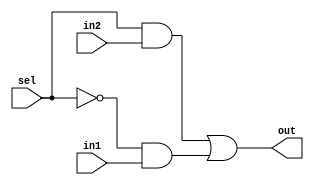
module mux_2_to_1(out, sel, in1, in2);
	input in1,in2,sel;
	output out;
	wire not_sel,a1,a2;
	not (not_sel,sel);
	and (a1,sel,in2);
	and (a2,not_sel,in1);
	or(out,a1,a2);
endmodule

module bit32_2to1mux(out,sel,in1,in2);
	input [31:0] in1,in2;
	output [31:0] out;
	input sel;
	genvar j;

	generate for (j=0; j<32;j=j+1) begin: mux_loop

		mux_2_to_1 m1(out[j],sel,in1[j],in2[j]);

	end
	endgenerate
endmodule


module mux_3_to_1(out, sel1, sel2, in1, in2, in3);
	input in1,in2,in3,sel1,sel2;
	output out;
	wire not_sel1, not_sel2,n1,n2,n3,a1,a2,a3,o1;
	not (not_sel1, sel1);
	not (not_sel2, sel2);
	and (n1, not_sel1, not_sel2);
	and (n2, not_sel1, sel2);
	and (n3, sel1, not_sel2);
	and (a1, n1, in1);
	and (a2, n2, in2);
	and (a3, n3, in3);
	or (o1, a1, a2);
	or (out, o1, a3);
endmodule


module bit32_3to1mux(out,sel1,sel2,in1,in2,in3);
	input [31:0] in1,in2,in3;
	output [31:0] out;
	input sel1, sel2;
	genvar j;

	generate for (j=0; j<32;j=j+1) begin: mux_loop

		mux_3_to_1 m1(out[j],sel1, sel2,in1[j],in2[j],in3[j]);

	end
	endgenerate
endmodule


/*
module tb_8bit2to1mux;
	reg [31:0] INP1, INP2, INP3;
	reg SEL1, SEL2;
	wire [31:0] out;
	bit32_3to1mux M1(out,SEL1,SEL2,INP1,INP2,INP3);
	initial
	begin
	$monitor (,$time, " inp1=%b, inp2=%b, inp3=%b s1=%b, s2=%b, out=%b", INP1, INP2, INP3, SEL1, SEL2, out);
	#0 INP1=32'b10101010101010101010101010101010;
	#0 INP2=32'b01010101010101010101010101010101;
	#0 INP3=32'b11111111111111111111111111111111;
	#0 SEL1=1'b0;
	#0 SEL2=1'b0;
	#100 SEL1=1'b0;
	#0 SEL2=1'b1;
	#200 SEL1=1'b1;
	#0 SEL2=1'b0;
	#300 SEL1=1'b1;
	#0 SEL2=1'b1;
	#1000 $finish;
	end
endmodule

*/


module bit32AND (out,in1,in2);
	input [31:0] in1,in2;
	output [31:0] out;
	assign {out}=in1 &in2;
endmodule


module bit32OR (out,in1,in2);
	input [31:0] in1,in2;
	output [31:0] out;
	assign {out}=in1 | in2;
endmodule

/*
module tb32bitand;
	reg [31:0] IN1,IN2;
	wire [31:0] OUT;
	bit32OR a1 (OUT,IN1,IN2);
	initial
	begin
		$monitor ($time, " inp1=%b, inp2=%b, out=%b", IN1, IN2, OUT);
		#0 IN1=32'hA5_A5_A5_A5;
		#0 IN2=32'h5A_5A_5A_5A;
		#400 $finish;
	end
endmodule
*/


module FA (Cout, Sum,In1,In2,Cin);
	input In1,In2;
	input Cin;
	output Cout;
	output Sum;
	assign {Cout,Sum}=In1+In2+Cin;
endmodule


module FA_32 (cout, sum, in1, in2, cin);
	input [31:0] in1, in2;
	output [31:0] sum;
	wire [32:0] c;
	output cout;
	input cin;
	assign c[0] = cin;
	genvar j;
	generate for (j=0; j<32;j=j+1) begin: mux_loop

		FA m1(c[j+1],sum[j],in1[j],in2[j],c[j]);

	end
	endgenerate
	assign cout = c[32];
endmodule


/*
module tbFA;
	reg [31:0] IN1,IN2;
	wire [31:0] OUT;
	wire cout;
	wire cin;
	assign cin = 0;
	FA_32 a1 (cout,OUT,IN1,IN2, cin);
	initial
	begin
		$monitor ($time, " inp1=%b, inp2=%b, cin=%b, sum=%b, cout=%b", IN1, IN2, cin, OUT, cout);
		#0 IN1=32'h00_00_00_01;
		#0 IN2=32'h7F_FF_FF_FF;
		#400 $finish;
	end
endmodule
*/

module invert(a,b,x);
	input [31:0] a;
	output [31:0] b;
	input x;
	genvar j;
	generate for (j=0; j<32; j=j+1) begin: loop
		xor (b[j], a[j], x);
	end
	endgenerate
endmodule

module ALU(a,b,binv, cin, op, re, cout);
	input [31:0] a;
	input [31:0] b;
	wire [31:0] c;
	input cin;
	input binv;
	input [1:0] op;
	wire [31:0] and_out;
	wire [31:0] or_out;
	wire [31:0] ar_out;
	output cout;
	output [31:0] re;
	invert m(b, c, binv);
	bit32AND a1(and_out, a, b);
	bit32OR o1(or_out, a, b);
	FA_32 f1(cout, ar_out, a, c, cin);
	
	bit32_3to1mux m1(re,op[1],op[0],and_out,or_out,ar_out);
endmodule
	
	
	
	


module tbALU;
reg Binvert, Carryin;
reg [1:0] Operation;
reg [31:0] a,b;
wire [31:0] Result;
wire CarryOut;
ALU a1 (a,b,Binvert,Carryin,Operation,Result,CarryOut);
initial
begin
$monitor($time, " inp1=%b, inp2=%b, cin=%b, op=%b, sum=%b, cout=%b", a, b, Carryin, Operation, Result, CarryOut);
a=32'ha5a5a5a5;
b=32'h5a5a5a5a;
Operation=2'b00;
Binvert=1'b0;
Carryin=1'b0; //must perform AND resulting in zero
#100 Operation=2'b01; //OR
#100 Operation=2'b10; //ADD
#100 Binvert=1'b1;//SUB
#200 $finish;
end
endmodule